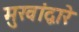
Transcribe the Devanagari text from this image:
मुखांद्वारे